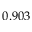
0 . 9 0 3